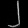
Digit: ၂